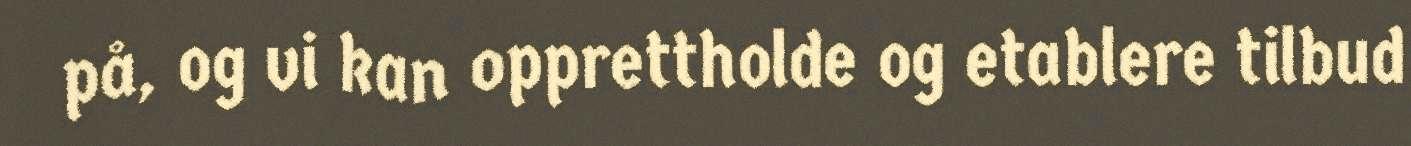
på, og vi kan opprettholde og etablere tilbud